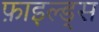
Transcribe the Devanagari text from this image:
फ़ाइल्ड्स